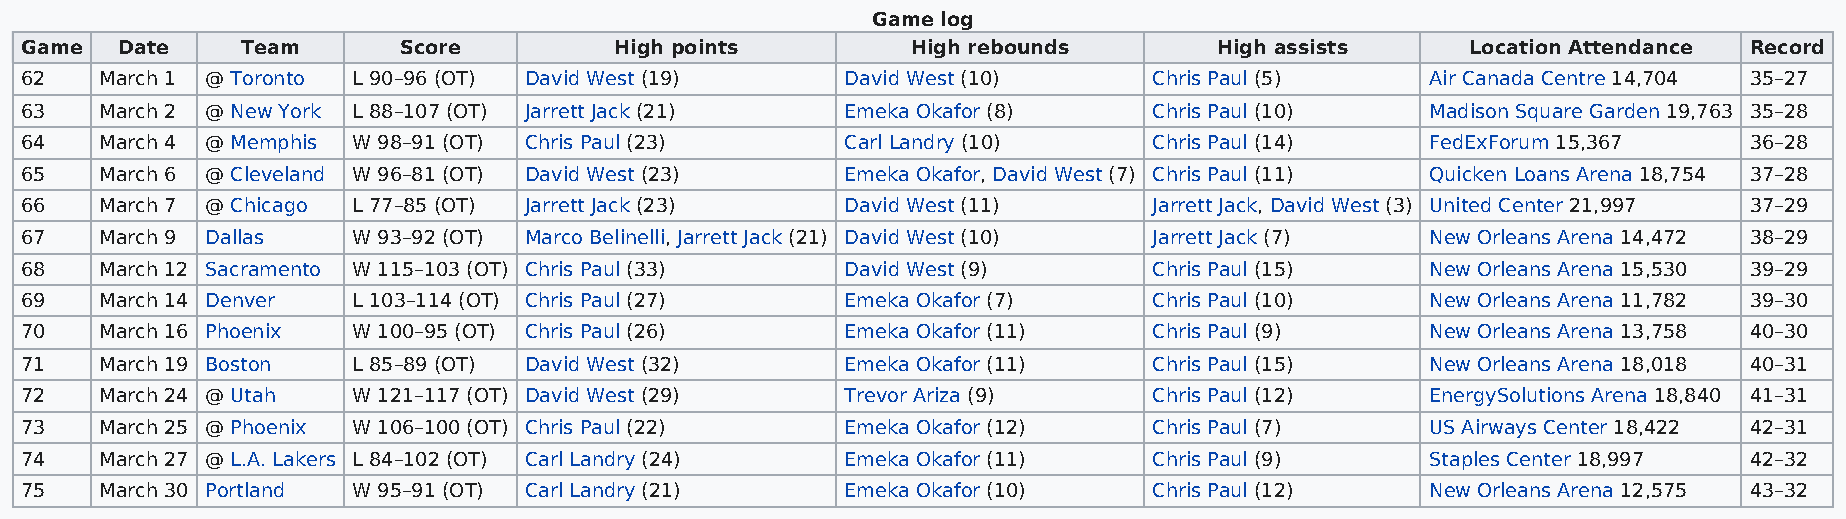
Game log
 Game   Date    Team      Score          High points        High rebounds        High assists    Location Attendance Record
 62    March 1 @ Toronto L 90–96 (OT) David West (19)   David West (10)     Chris Paul (5)     Air Canada Centre 14,704 35–27
 63    March 2 @ New York L 88–107 (OT) Jarrett Jack (21) Emeka Okafor (8)  Chris Paul (10)    Madison Square Garden 19,763 35–28
 64    March 4 @ Memphis W 98–91 (OT) Chris Paul (23)   Carl Landry (10)    Chris Paul (14)    FedExForum 15,367    36–28
 65    March 6 @ Cleveland W 96–81 (OT) David West (23) Emeka Okafor, David West (7) Chris Paul (11) Quicken Loans Arena 18,754 37–28
 66    March 7 @ Chicago L 77–85 (OT) Jarrett Jack (23) David West (11)     Jarrett Jack, David West (3) United Center 21,997 37–29
 67    March 9 Dallas  W 93–92 (OT) Marco Belinelli, Jarrett Jack (21) David West (10) Jarrett Jack (7) New Orleans Arena 14,472 38–29
 68    March 12 Sacramento W 115–103 (OT) Chris Paul (33) David West (9)    Chris Paul (15)    New Orleans Arena 15,530 39–29
 69    March 14 Denver L 103–114 (OT) Chris Paul (27)   Emeka Okafor (7)    Chris Paul (10)    New Orleans Arena 11,782 39–30
 70    March 16 Phoenix W 100–95 (OT) Chris Paul (26)   Emeka Okafor (11)   Chris Paul (9)     New Orleans Arena 13,758 40–30
 71    March 19 Boston L 85–89 (OT) David West (32)     Emeka Okafor (11)   Chris Paul (15)    New Orleans Arena 18,018 40–31
 72    March 24 @ Utah W 121–117 (OT) David West (29)   Trevor Ariza (9)    Chris Paul (12)    EnergySolutions Arena 18,840 41–31
 73    March 25 @ Phoenix W 106–100 (OT) Chris Paul (22) Emeka Okafor (12)  Chris Paul (7)     US Airways Center 18,422 42–31
 74    March 27 @ L.A. Lakers L 84–102 (OT) Carl Landry (24) Emeka Okafor (11) Chris Paul (9)  Staples Center 18,997 42–32
 75    March 30 Portland W 95–91 (OT) Carl Landry (21)  Emeka Okafor (10)   Chris Paul (12)    New Orleans Arena 12,575 43–32